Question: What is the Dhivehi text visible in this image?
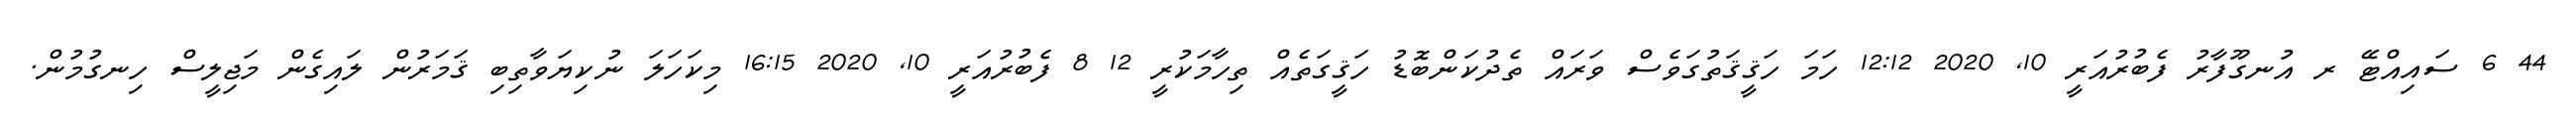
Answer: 44 6 ސައިއްޓޭ ރ އުނގޫފާރު ފެބުރުއަރީ 10, 2020 12:12 ހަމަ ހަޤީޤަތުގަވެސް ވަރައް ތެދުކަންބޮޑު ހަޤީގަތެއް ތިހާމަކުރީ 12 8 ފެބުރުއަރީ 10, 2020 16:15 މިކަހަލަ ނުކިޔަވާތިބި ޤަމަރުން ލައިގެން މަޖިލީސް ހިނގުމުން.